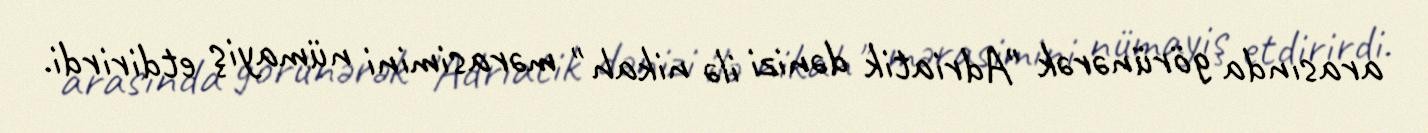
arasında görünərək "Adriatik dənizi ilə nikah" mərasimini nümayiş etdirirdi.